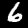
Label: 6